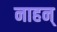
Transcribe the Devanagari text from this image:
नाहन्